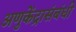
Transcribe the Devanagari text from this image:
अणुकेंद्रासंबंधी